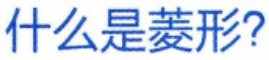
什么是菱形?